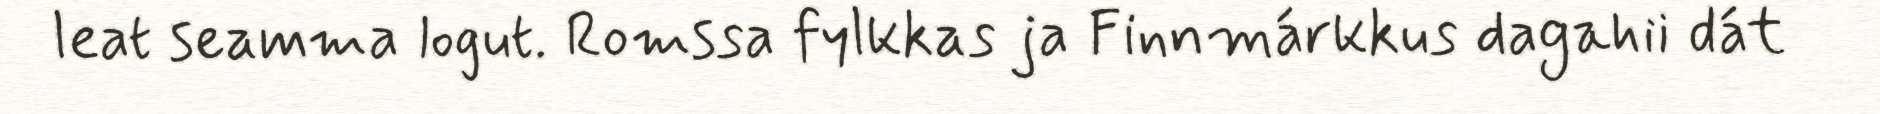
leat seamma logut. Romssa fylkkas ja Finnmárkkus dagahii dát